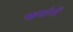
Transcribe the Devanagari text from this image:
फर्मानों